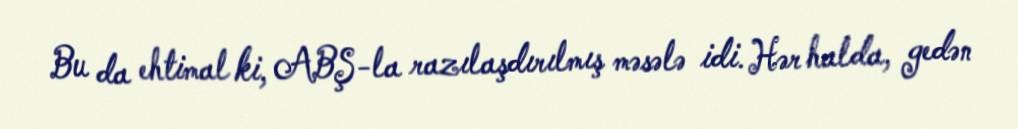
Bu da ehtimal ki, ABŞ-la razılaşdırılmış məsələ idi. Hər halda, gedən